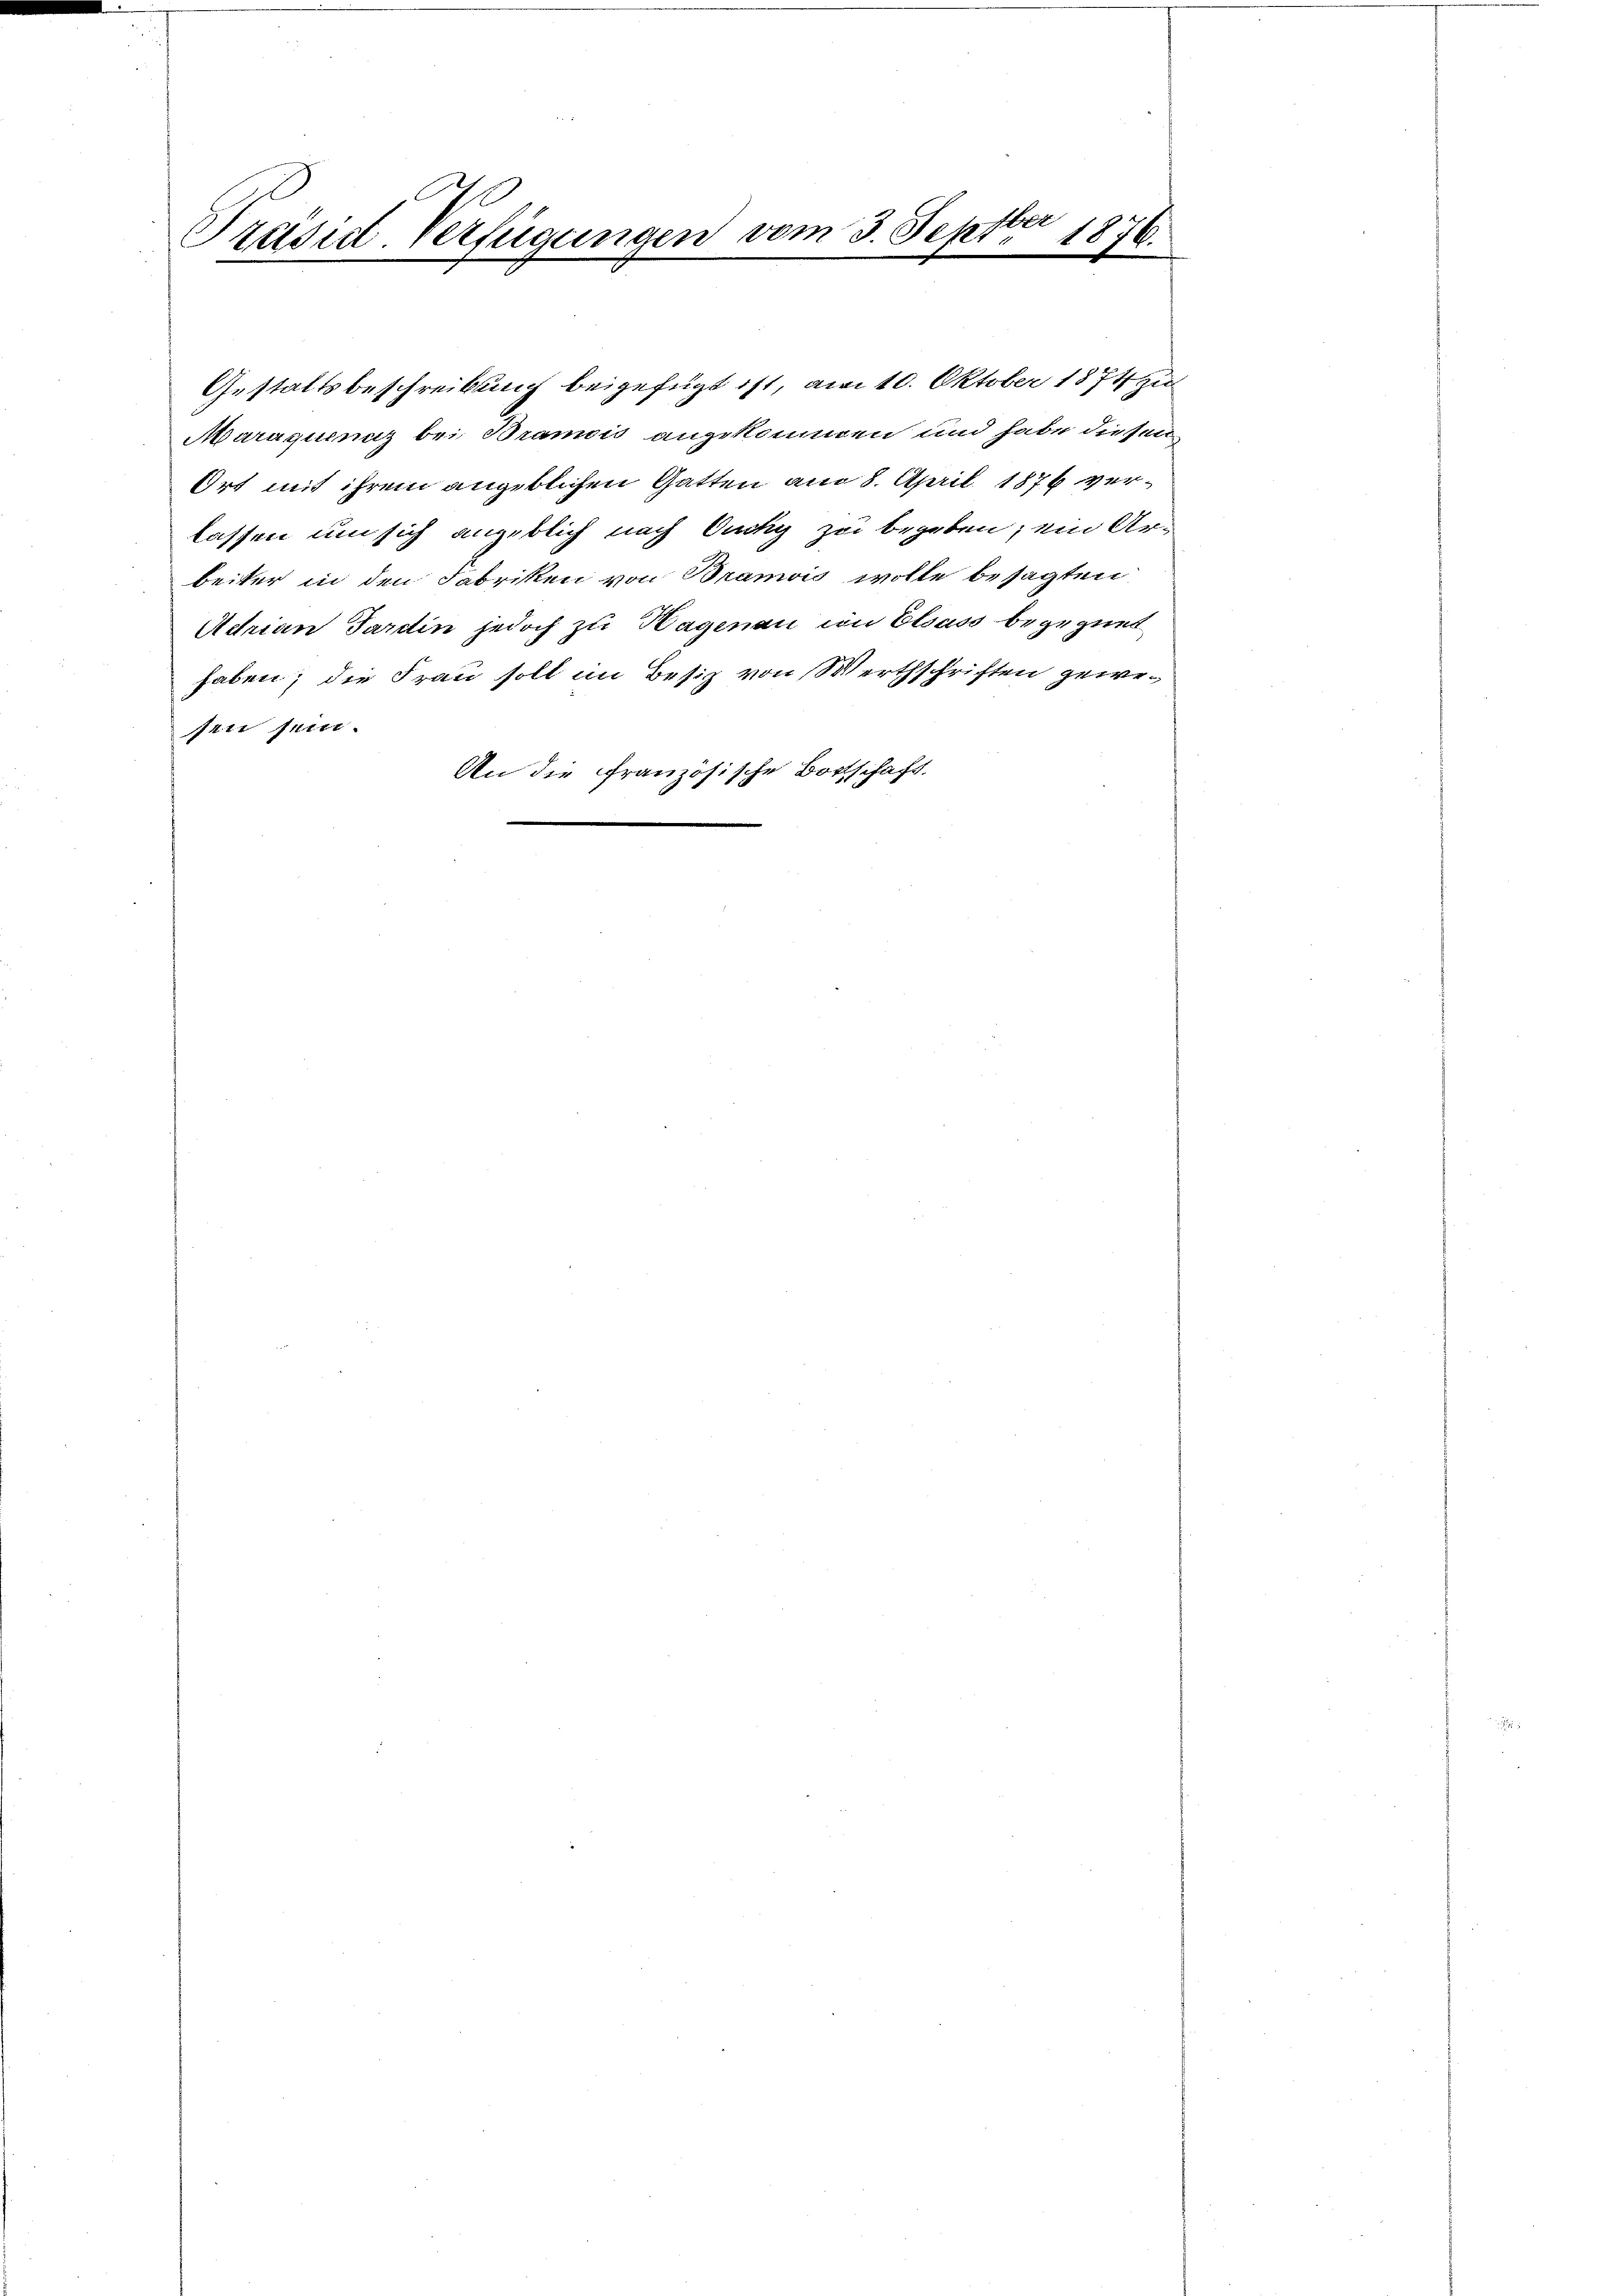
E
Präsidel Verfügungen vom 3. Septber
1876.
5
x
 x
.

Gestaltsbeschreibung beigefügt ist, am 10. Oktober 1874 zu
Maraquenz bei Bramois angekommen und habe diesen
Ort mit ihrem angeblichen Gatten am 8. April 1876 verlassen um sich angeblich nach Ouchy zu begeben, ein Arbeiter in den Fabriken von Bramois wolle besagten
Adrian Pardin jedoch zu Hagenau im Elsass begegnet
haben; die Frau soll im Besiz von Werthschriften gewesen sein.
An die Französische Bortschaft.
e